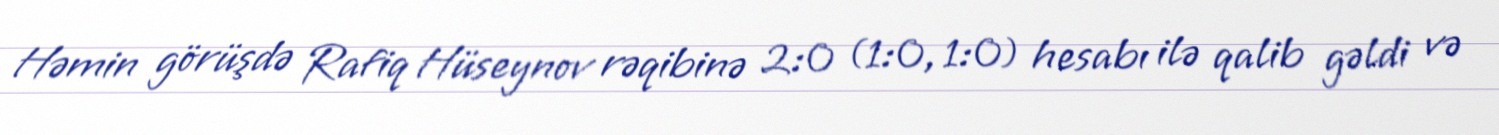
Həmin görüşdə Rafiq Hüseynov rəqibinə 2:0 (1:0, 1:0) hesabı ilə qalib gəldi və